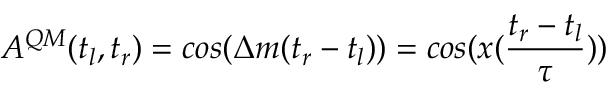
A ^ { Q M } ( t _ { l } , t _ { r } ) = c o s ( \Delta m ( t _ { r } - t _ { l } ) ) = c o s ( x ( \frac { t _ { r } - t _ { l } } { \tau } ) )